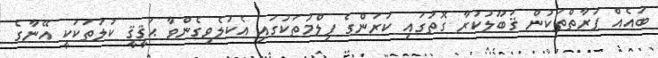
ބައެއް ފަރާތްތަކުން ޤަބޫލުކުރާ ގޮތުގައި ކަރަންގެ ފިލްމުތަކުގައި އެކުލެވިގެންވާ ޙަޤީޤީ ކުލަތަކަކީ އޭނާގެ